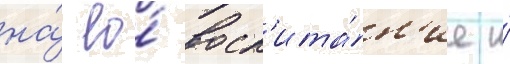
на́ ео́ восп'ита́н'ие и́